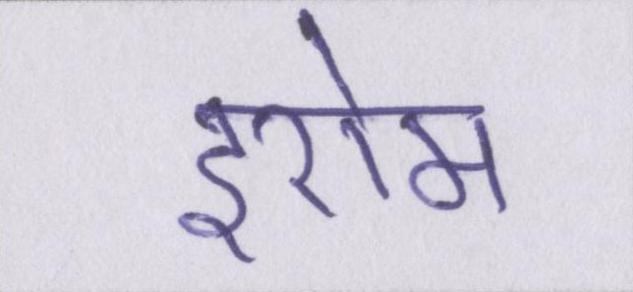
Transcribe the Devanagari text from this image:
इरोम